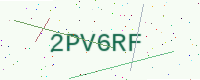
Text: 2PV6RF